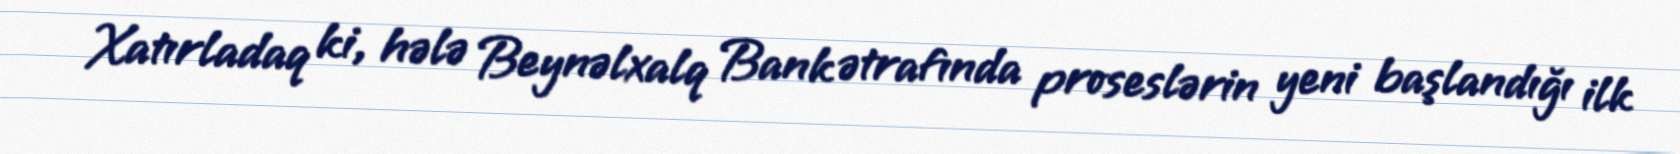
Xatırladaq ki, hələ Beynəlxalq Bank ətrafında proseslərin yeni başlandığı ilk